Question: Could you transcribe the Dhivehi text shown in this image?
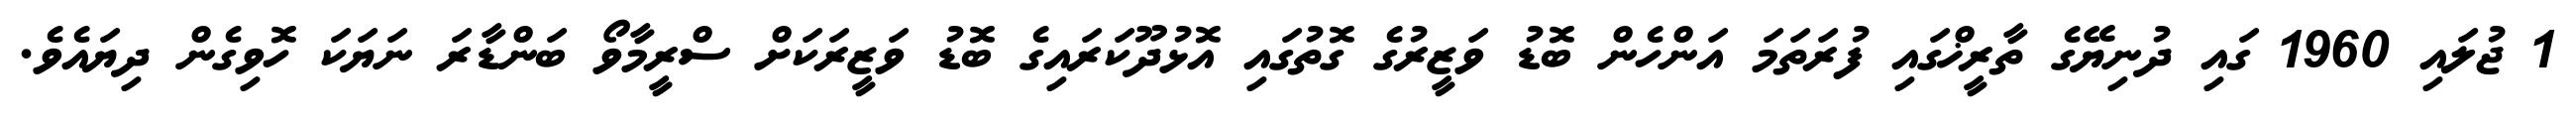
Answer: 1 ޖުލައި 1960 ގައި ދުނިޔޭގެ ތާރީޚްގައި ފުރަތަމަ އަންހެން ބޮޑު ވަޒީރުގެ ގޮތުގައި އޮޅުދޫކަރައިގެ ބޮޑު ވަޒީރަކަށް ސްރީމާވޯ ބަންޑާރަ ނަޔަކަ ހޮވިގެން ދިޔައެވެ.